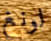
لونغ